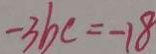
- 3 b c = - 1 8